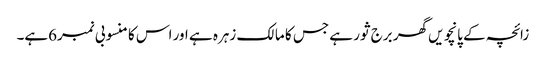
زائچہ کے پانچویں گھر برج ثور ہے جس کا مالک زہرہ ہے اور اس کا منسوبی نمبر6ہے۔